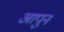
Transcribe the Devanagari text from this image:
आपुन